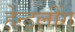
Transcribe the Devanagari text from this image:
हेन्डलींग